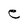
Character: e